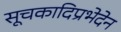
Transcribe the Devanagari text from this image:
सूचकादिप्रभेदेन